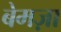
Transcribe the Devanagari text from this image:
बेमज़ा